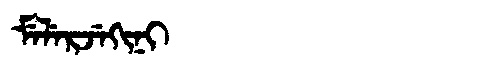
Manchu: ᠮᡝᠯᡝᡵᠵᡝᡴᡳᠨᡳ
Romanization: MELERJEKINI